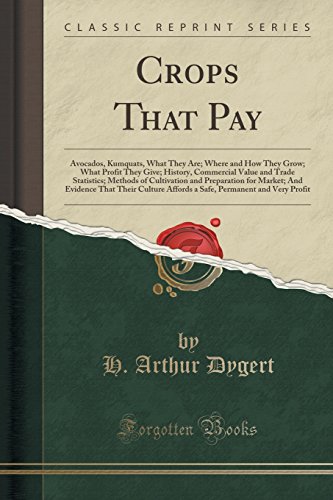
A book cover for Crops That Pay: Avocados, Kumquats, What They Are; Where and How They Grow; What Profit They Give; History, Commercial Value and Trade Statistics; ... That Their Culture Affords a Safe, Permanent; H. Arthur Dygert; Science & Math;